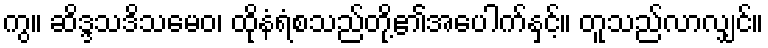
ကွ။ ဆိဒ္ဒသဒိသမေဝ၊ ထိုနံရံစသည်တို့၏အပေါက်နှင့်။ တူသည်လာလျှင်။